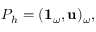
P _ { h } = ( \mathbf { 1 } _ { \omega } , \mathbf { u } ) _ { \omega } ,